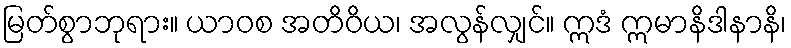
မြတ်စွာဘုရား။ ယာဝစ အတိဝိယ၊ အလွန်လျှင်။ ဣဒံ ဣမာနိဒါနာနိ၊